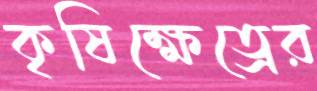
কৃষিক্ষেত্রের